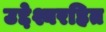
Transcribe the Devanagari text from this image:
उद्देश्यरहित